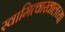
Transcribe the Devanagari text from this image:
स्वामित्वाखालच्या